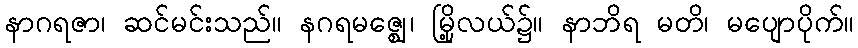
နာဂရဇာ၊ ဆင်မင်းသည်။ နဂရမဇ္ဈေ၊ မြို့လယ်၌။ နာဘိရ မတိ၊ မပျောပိုက်။